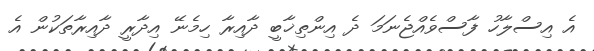
އެ އިސްލާހު ފާސްވެއްޖެނަމަ ދެ އިންތިޚާބީ ދާއިރާ ހިމެނޭ އިދާރީ ދާއިރާތަކުން އެ